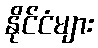
နိုင်ငံများ